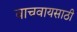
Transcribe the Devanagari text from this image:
वाचवायसाठी